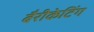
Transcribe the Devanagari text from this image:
बैरीकेटिंग